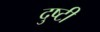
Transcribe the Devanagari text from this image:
दुष्टी